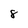
Character: 8